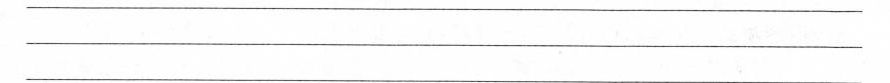
______________________